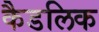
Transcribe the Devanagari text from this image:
कैडलिक